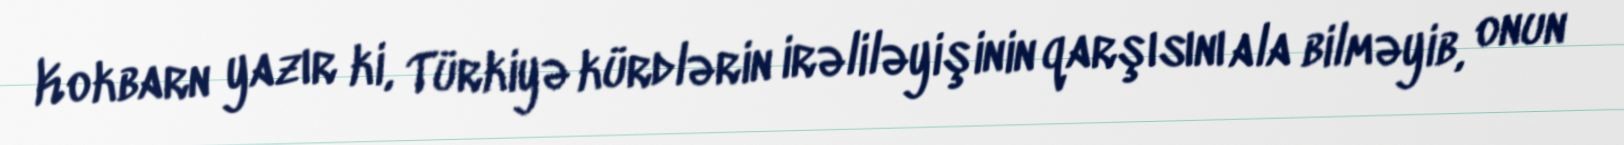
Kokbarn yazır ki, Türkiyə kürdlərin irəliləyişinin qarşısını ala bilməyib, onun